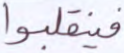
فينقلبوا